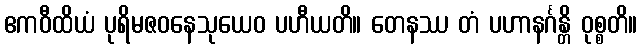
ဧကဝီထိယံ ပုရိမဇဝနေသုယေဝ ပဟီယတိ။ တေနဿ တံ ပဟာနင်္ဂန္တိ ဝုစ္စတိ။